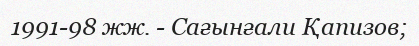
1991-98 жж. - Сағынғали Қапизов;